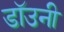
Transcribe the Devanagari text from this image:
डाॅउनी